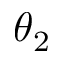
\theta _ { 2 }